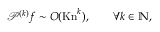
\mathcal { P } ^ { ( k ) } f \sim O ( \mathrm { K n } ^ { k } ) , \qquad \forall k \in \mathbb { N } ,